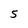
Character: 5